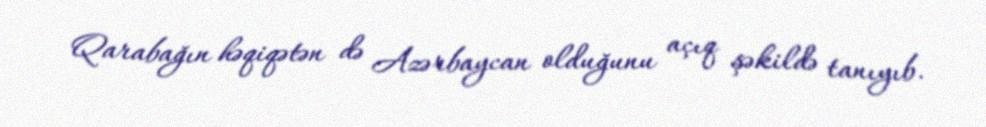
Qarabağın həqiqətən də Azərbaycan olduğunu açıq şəkildə tanıyıb.